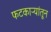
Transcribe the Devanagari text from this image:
फटकाऱ्यांतून